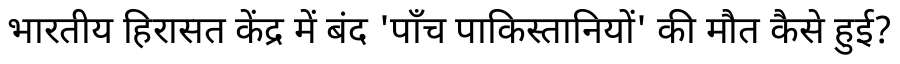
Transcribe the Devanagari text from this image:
भारतीय हिरासत केंद्र में बंद 'पाँच पाकिस्तानियों' की मौत कैसे हुई?